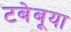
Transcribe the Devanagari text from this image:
टबेबूया